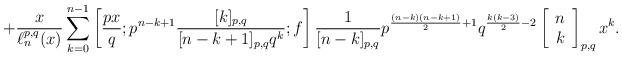
LaTeX: \begin{align*}+\frac{x}{\ell_n^{p,q}(x)}\sum_{k=0}^{n-1} \left[\frac{px}{q};p^{n-k+1}\frac{[k]_{p,q}}{[n-k+1]_{p,q}q^{k} };f\right] \frac{1}{[n-k]_{p,q}} p^{\frac{(n-k)(n-k+1)}{2}+1}q^{\frac{k(k-3)}{2}-2} \left[\begin{array}{c}n \\k\end{array}\right] _{p,q} x^{k}.\end{align*}